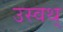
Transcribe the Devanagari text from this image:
उस्वथ्